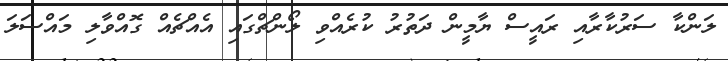
ލަންކާ ސަރުކާރާއި ރައީސް ޔާމީން ދަތުރު ކުރެއްވި ލޯންޗްގައި އެއްޗެއް ގޮއްވާލި މައްސަލަ